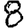
Digit: 8